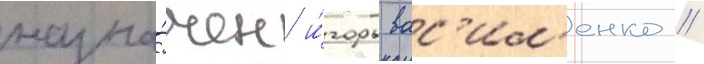
назна́чен и́горь вас'ил'енко //